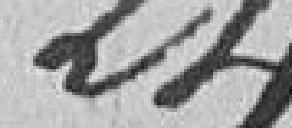
24.150